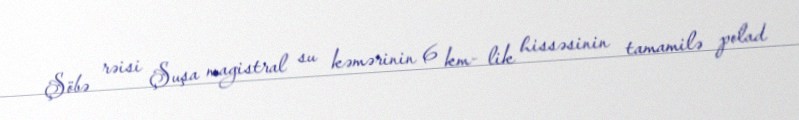
Şöbə rəisi Şuşa magistral su kəmərinin 6 km- lik hissəsinin tamamilə polad